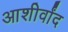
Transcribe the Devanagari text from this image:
आशीर्वांद